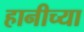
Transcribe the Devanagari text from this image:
हानीच्या